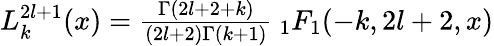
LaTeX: \begin{array}{r}{L_{k}^{2l+1}(x)=\frac{\Gamma(2l+2+k)}{(2l+2)\Gamma(k+1)}\: _{1}F_{1}(-k,2l+2,x)}\end{array}